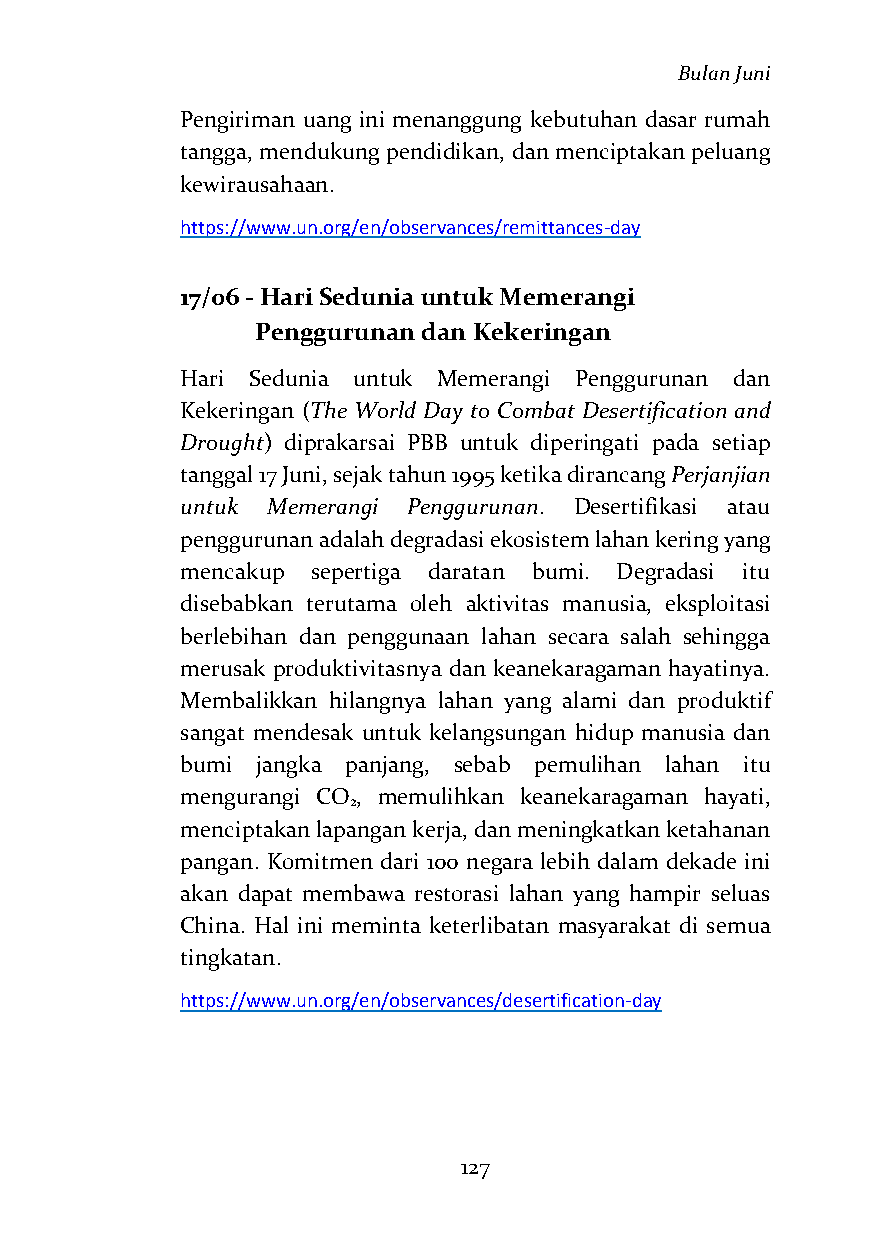
Bulan Juni
 Pengiriman uang ini menanggung kebutuhan dasar rumah
 tangga, mendukung pendidikan, dan menciptakan peluang
 kewirausahaan.
 https://www.un.org/en/observances/remittances-day
 17/06 - Hari Sedunia untuk Memerangi
 Penggurunan dan Kekeringan
 Hari Sedunia untuk Memerangi Penggurunan dan
 Kekeringan (The World Day to Combat Desertification and
 Drought) diprakarsai PBB untuk diperingati pada setiap
 tanggal 17 Juni, sejak tahun 1995 ketika dirancang Perjanjian
 untuk Memerangi Penggurunan. Desertifikasi atau
 penggurunan adalah degradasi ekosistem lahan kering yang
 mencakup sepertiga daratan bumi. Degradasi itu
 disebabkan terutama oleh aktivitas manusia, eksploitasi
 berlebihan dan penggunaan lahan secara salah sehingga
 merusak produktivitasnya dan keanekaragaman hayatinya.
 Membalikkan hilangnya lahan yang alami dan produktif
 sangat mendesak untuk kelangsungan hidup manusia dan
 bumi jangka panjang, sebab pemulihan lahan itu
 mengurangi CO , memulihkan keanekaragaman hayati,
 2
 menciptakan lapangan kerja, dan meningkatkan ketahanan
 pangan. Komitmen dari 100 negara lebih dalam dekade ini
 akan dapat membawa restorasi lahan yang hampir seluas
 China. Hal ini meminta keterlibatan masyarakat di semua
 tingkatan.
 https://www.un.org/en/observances/desertification-day
 127